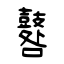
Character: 鼛